Senior Leaving Certificate Examination (including Day School Certificate (Higher) General paper), 1948
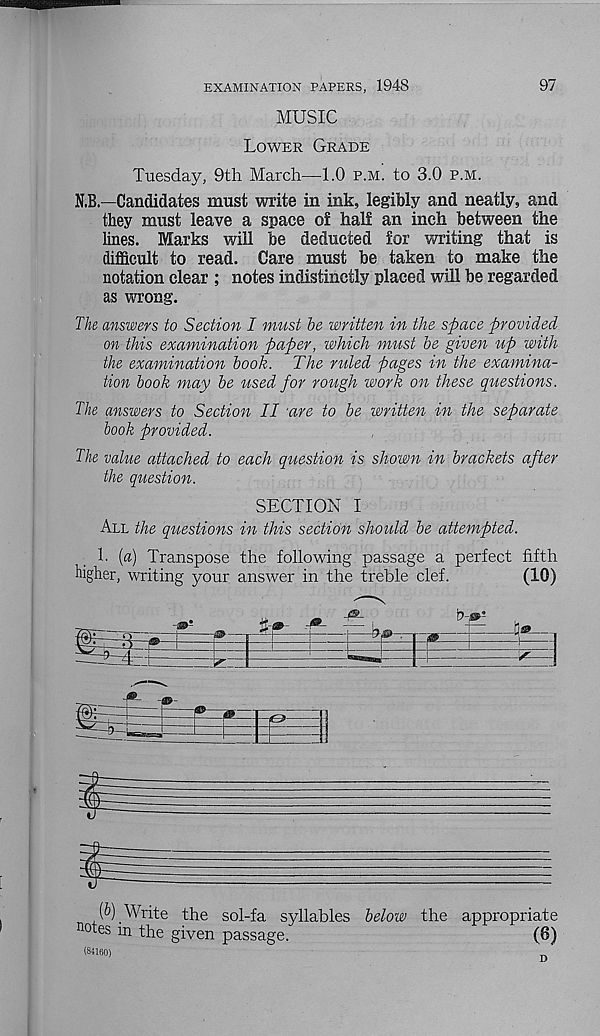
EXAMINATION PAPERS, 1948
MUSIC
Lower Grade
97
Tuesday, 9th March—1.0 p.m. to 3.0 p.m.
N.B.—Candidates must write in ink, legibly and neatly, and
they must leave a space of half an inch between the
lines. Marks will be deducted for writing that is
difficult to read. Care must be taken to make the
notation clear ; notes indistinctly placed will be regarded
as wrong.
The answers to Section I must be written in the space provided
on this examination paper, which must be given up with
the examination book. The ruled pages in the examina-
tion book may be used for roiigh work on these questions.
The answers to Section II 'are to be written in the separate
book provided.
The value attached to each question is shown in brackets after
the question.
SECTION I
All the questions in this section should be attempted.
1. (a) Transpose the following passage a perfect fifth
higher, writing your answer in the treble clef.
(10)
—
M
(6) Write the sol-fa syllables below the appropriate
notes in the given passage.
(8)
(84160)
D